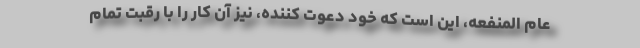
عام المنفعه، این است که خود دعوت کننده، نیز آن کار را با رقبت تمام